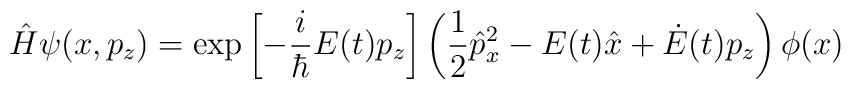
\hat{H}\psi(x,p_z)=\exp\left[-\frac{i}{\hbar}E(t)p_z\right]\left(\frac{1}{2}\hat{p}_x^2-E(t)\hat{x}+\dot{E}(t)p_z\right)\phi(x)